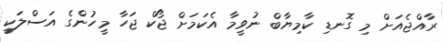
ރާއްޖެއަށް މި ގޮނޑި ކާމިޔާބް ނުވީމާ އެކަމަށް ޖޯކް ޖަހާ މީހުންގެ އަސްލަކީ